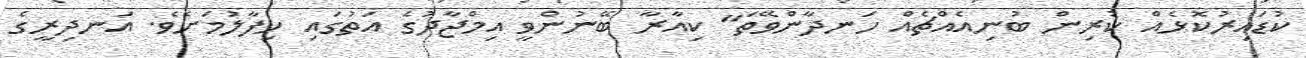
ކުޑައިރުކޮޅެއް ކުރިން ބުނިއެއްޗެއް ހަނދާންވޭތަ" ކިއާރާ ބޭނުންވީ އިމްޖާދުގެ އަތުގައި ހިފާލުމަށެވެ. އަނދިރީގެ